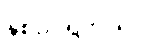
နှစ်ပုဒ်ရှိတယ်။